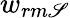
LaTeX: w_{rm\mathscr{S}}